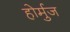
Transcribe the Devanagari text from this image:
होर्मुज